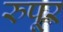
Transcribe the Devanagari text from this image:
रुपूर